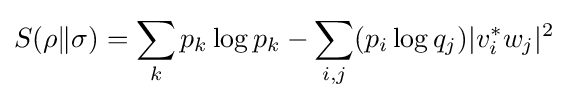
S(\rho \|\sigma )=\sum _{k}p_{k}\log p_{k}-\sum _{i,j}(p_{i}\log q_{j})|v_{i}^{*}w_{j}|^{2}